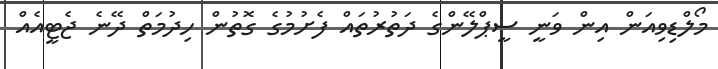
މޯލްޑިވިއަން އިން ވަނީ ސީޕްލޭންގެ ދަތުރުތައް ފެށުމުގެ ގޮތުން ހިދުމަތް ދޭނެ ޖެޓީއެއް